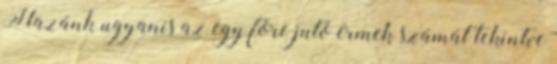
Hazánk ugyanis az egy főre jutó érmek számát tekintve